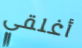
أغلقي